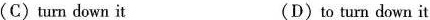
(C)turn down it (D)to turn down it